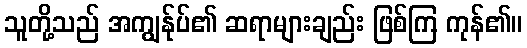
သူတို့သည် အကျွန်ုပ်၏ ဆရာများချည်း ဖြစ်ကြ ကုန်၏။